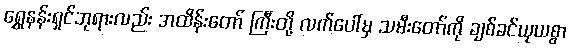
ရွှေနန်းရှင်ဘုရားလည်း အထိန်းတော် ကြီးတို့ လက်ပေါ်မှ သမီးတော်ကို ချစ်ခင်ယုယစွာ